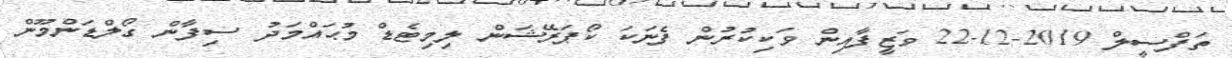
ތަފްސީލް 2019-12-22 ވަޒީފާއިން ވަކިކުރުން ފެނަކަ ކޯޕަރޭޝަން ލިމިޓެޑް މުޙައްމަދު ސިފާން ގޯލްޑަންމޫން